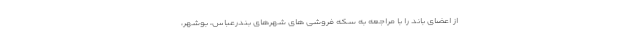
از اعضای باند را با مراجعه به سکه فروشی های شهرهای بندرعباس، بوشهر،